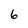
Character: 6